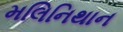
મલિનિથાન